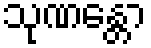
သုဏန္တော